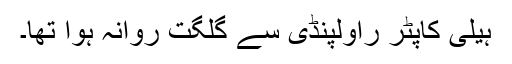
ہیلی کاپٹر راولپنڈی سے گلگت روانہ ہوا تھا۔